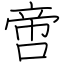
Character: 啻